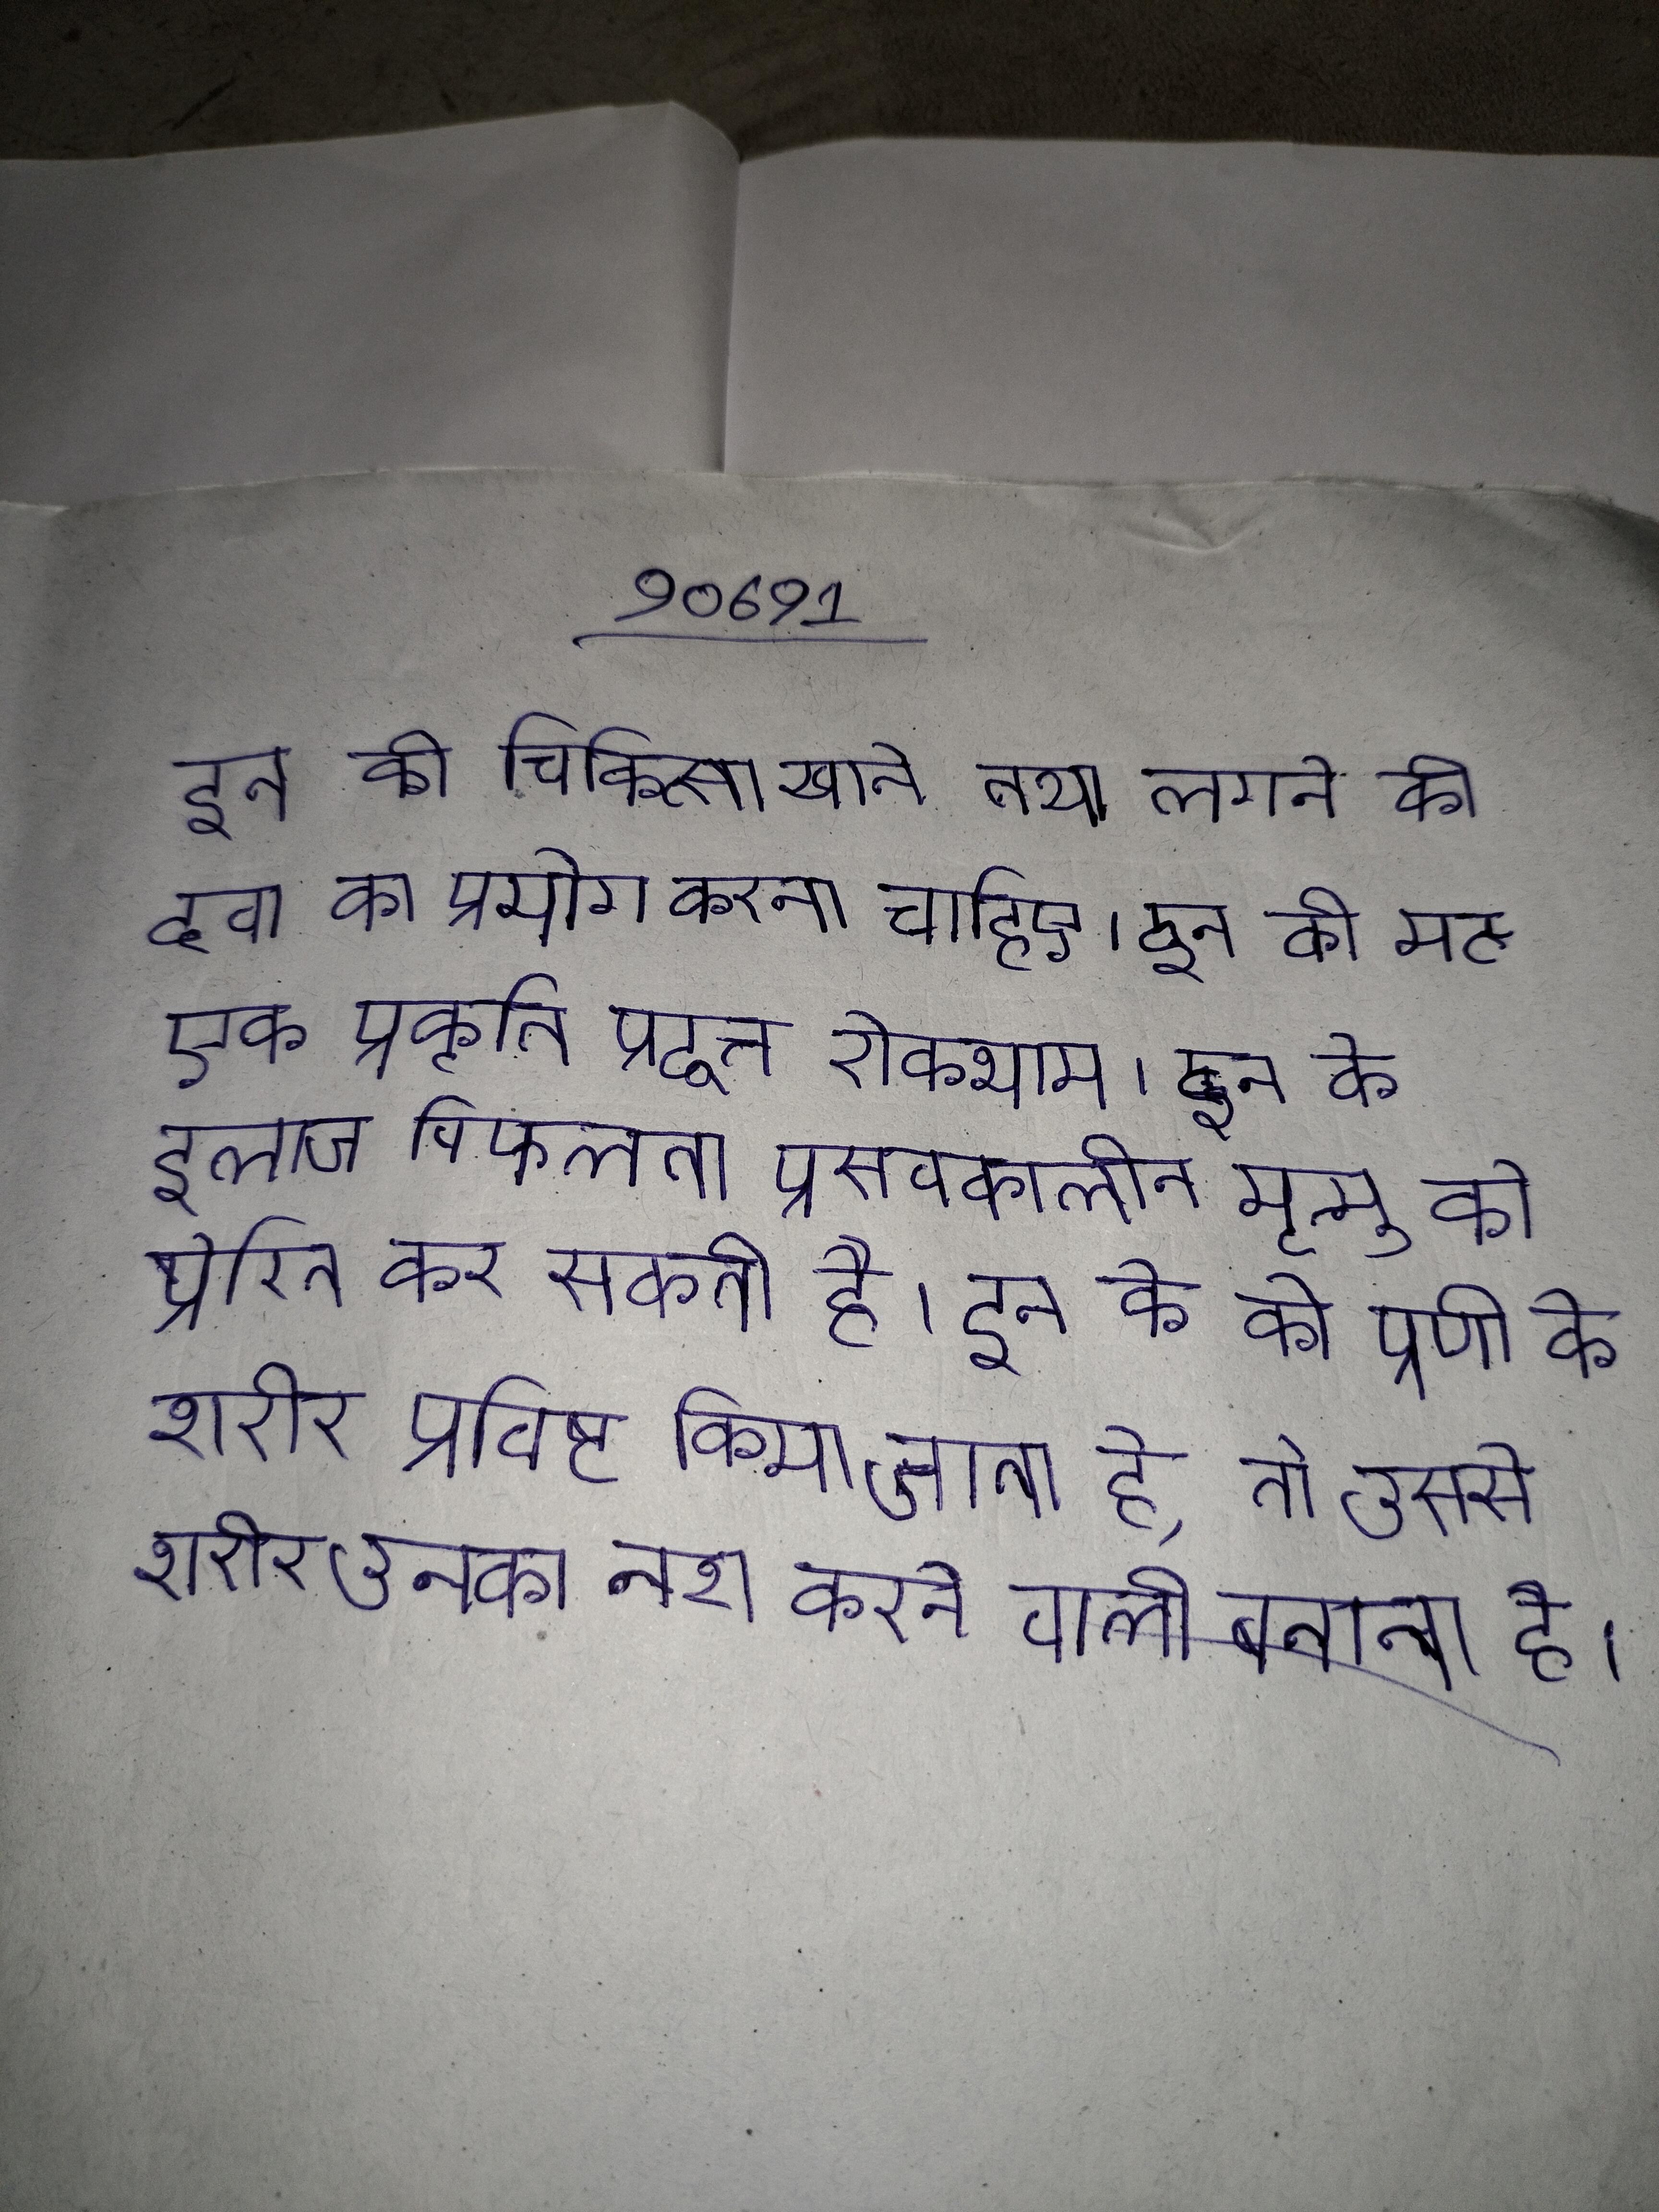
इन की चिकित्सा खाने तथा लगाने की दवा का प्रयोग करना चाहिए । इन की यह एक प्रकृति प्रदत्त रोकथाम है । इन के इलाज विफलता प्रसवकालीन मृत्यु को प्रेरित कर सकती है । इन के को प्राणी के शरीर प्रविष्ट किया जाता है, तो उससे शरीर उनका नाश करने वाली बनाता है ।